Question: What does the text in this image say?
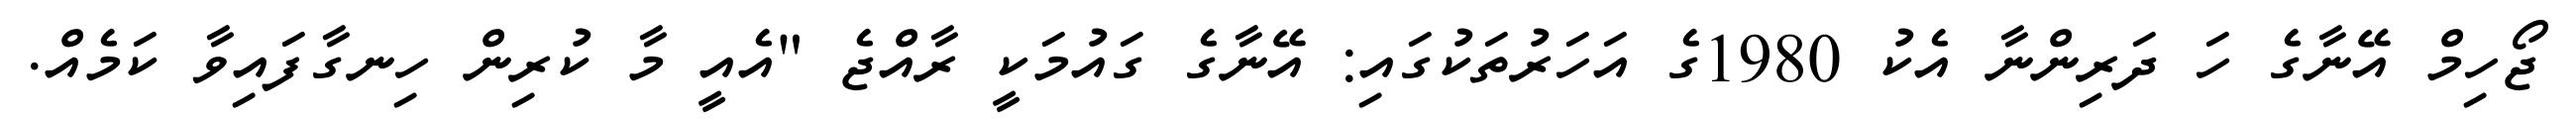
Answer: ޖޯހިމް އޭނާގެ ހަ ދަރިންނާ އެކު 1980ގެ އަހަރުތަކުގައި: އޭނާގެ ގައުމަކީ ރާއްޖެ "އެއީ މާ ކުރިން ހިނގާފައިވާ ކަމެއް.